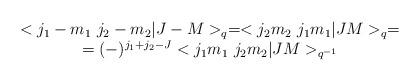
LaTeX: \begin{align*}\begin{array}{c}<j_{1}-m_{1} \ j_{2}-m_{2}|J-M>_{q}= <j_{2}m_{2} \ j_{1} m_{1}|JM>_{q}=\\= (-)^{j_{1}+j_{2}-J} <j_{1}m_{1}\ j_{2}m_{2}|JM>_{q^{-1}}\end{array}\end{align*}